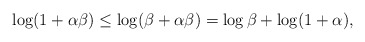
\begin{align*}\log (1+\alpha\beta) \le \log(\beta+\alpha\beta) =\log \beta + \log(1+\alpha),\end{align*}